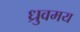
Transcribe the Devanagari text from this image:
ध्रुवमय